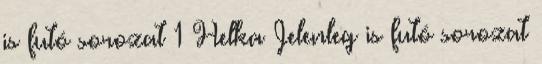
is futó sorozat 1 Helka Jelenleg is futó sorozat